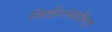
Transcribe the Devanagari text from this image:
निर्देशनशील।